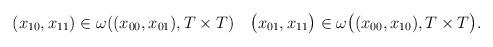
LaTeX: \begin{align*}\begin{gathered}(x_{10},x_{11}) \in \omega((x_{00},x_{01}),T \times T)\quad\bigl(x_{01},x_{11}\bigr) \in \omega\bigl((x_{00},x_{10}),T \times T\bigr).\end{gathered}\end{align*}